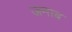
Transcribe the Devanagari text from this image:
जमाब